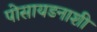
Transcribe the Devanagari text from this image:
पोसायडनाशी